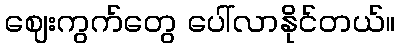
ဈေးကွက်တွေ ပေါ်လာနိုင်တယ်။